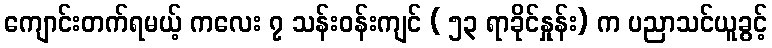
ကျောင်းတက်ရမယ့် ကလေး ၇ သန်းဝန်းကျင် ( ၅၃ ရာခိုင်နှုန်း) က ပညာသင်ယူခွင့်